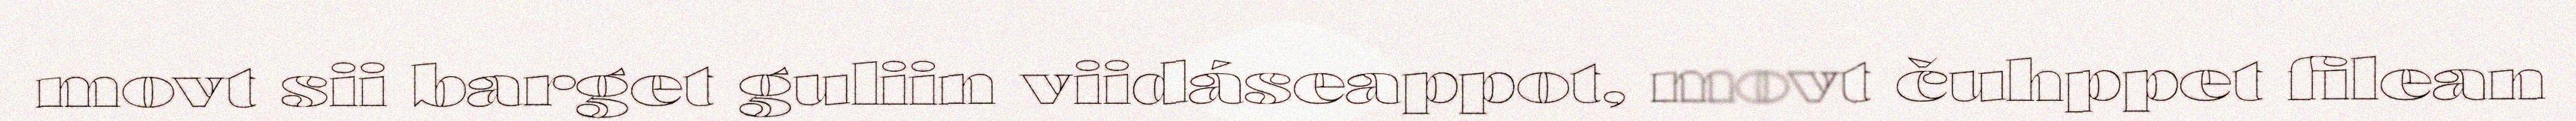
movt sii barget guliin viidáseappot, movt čuhppet filean